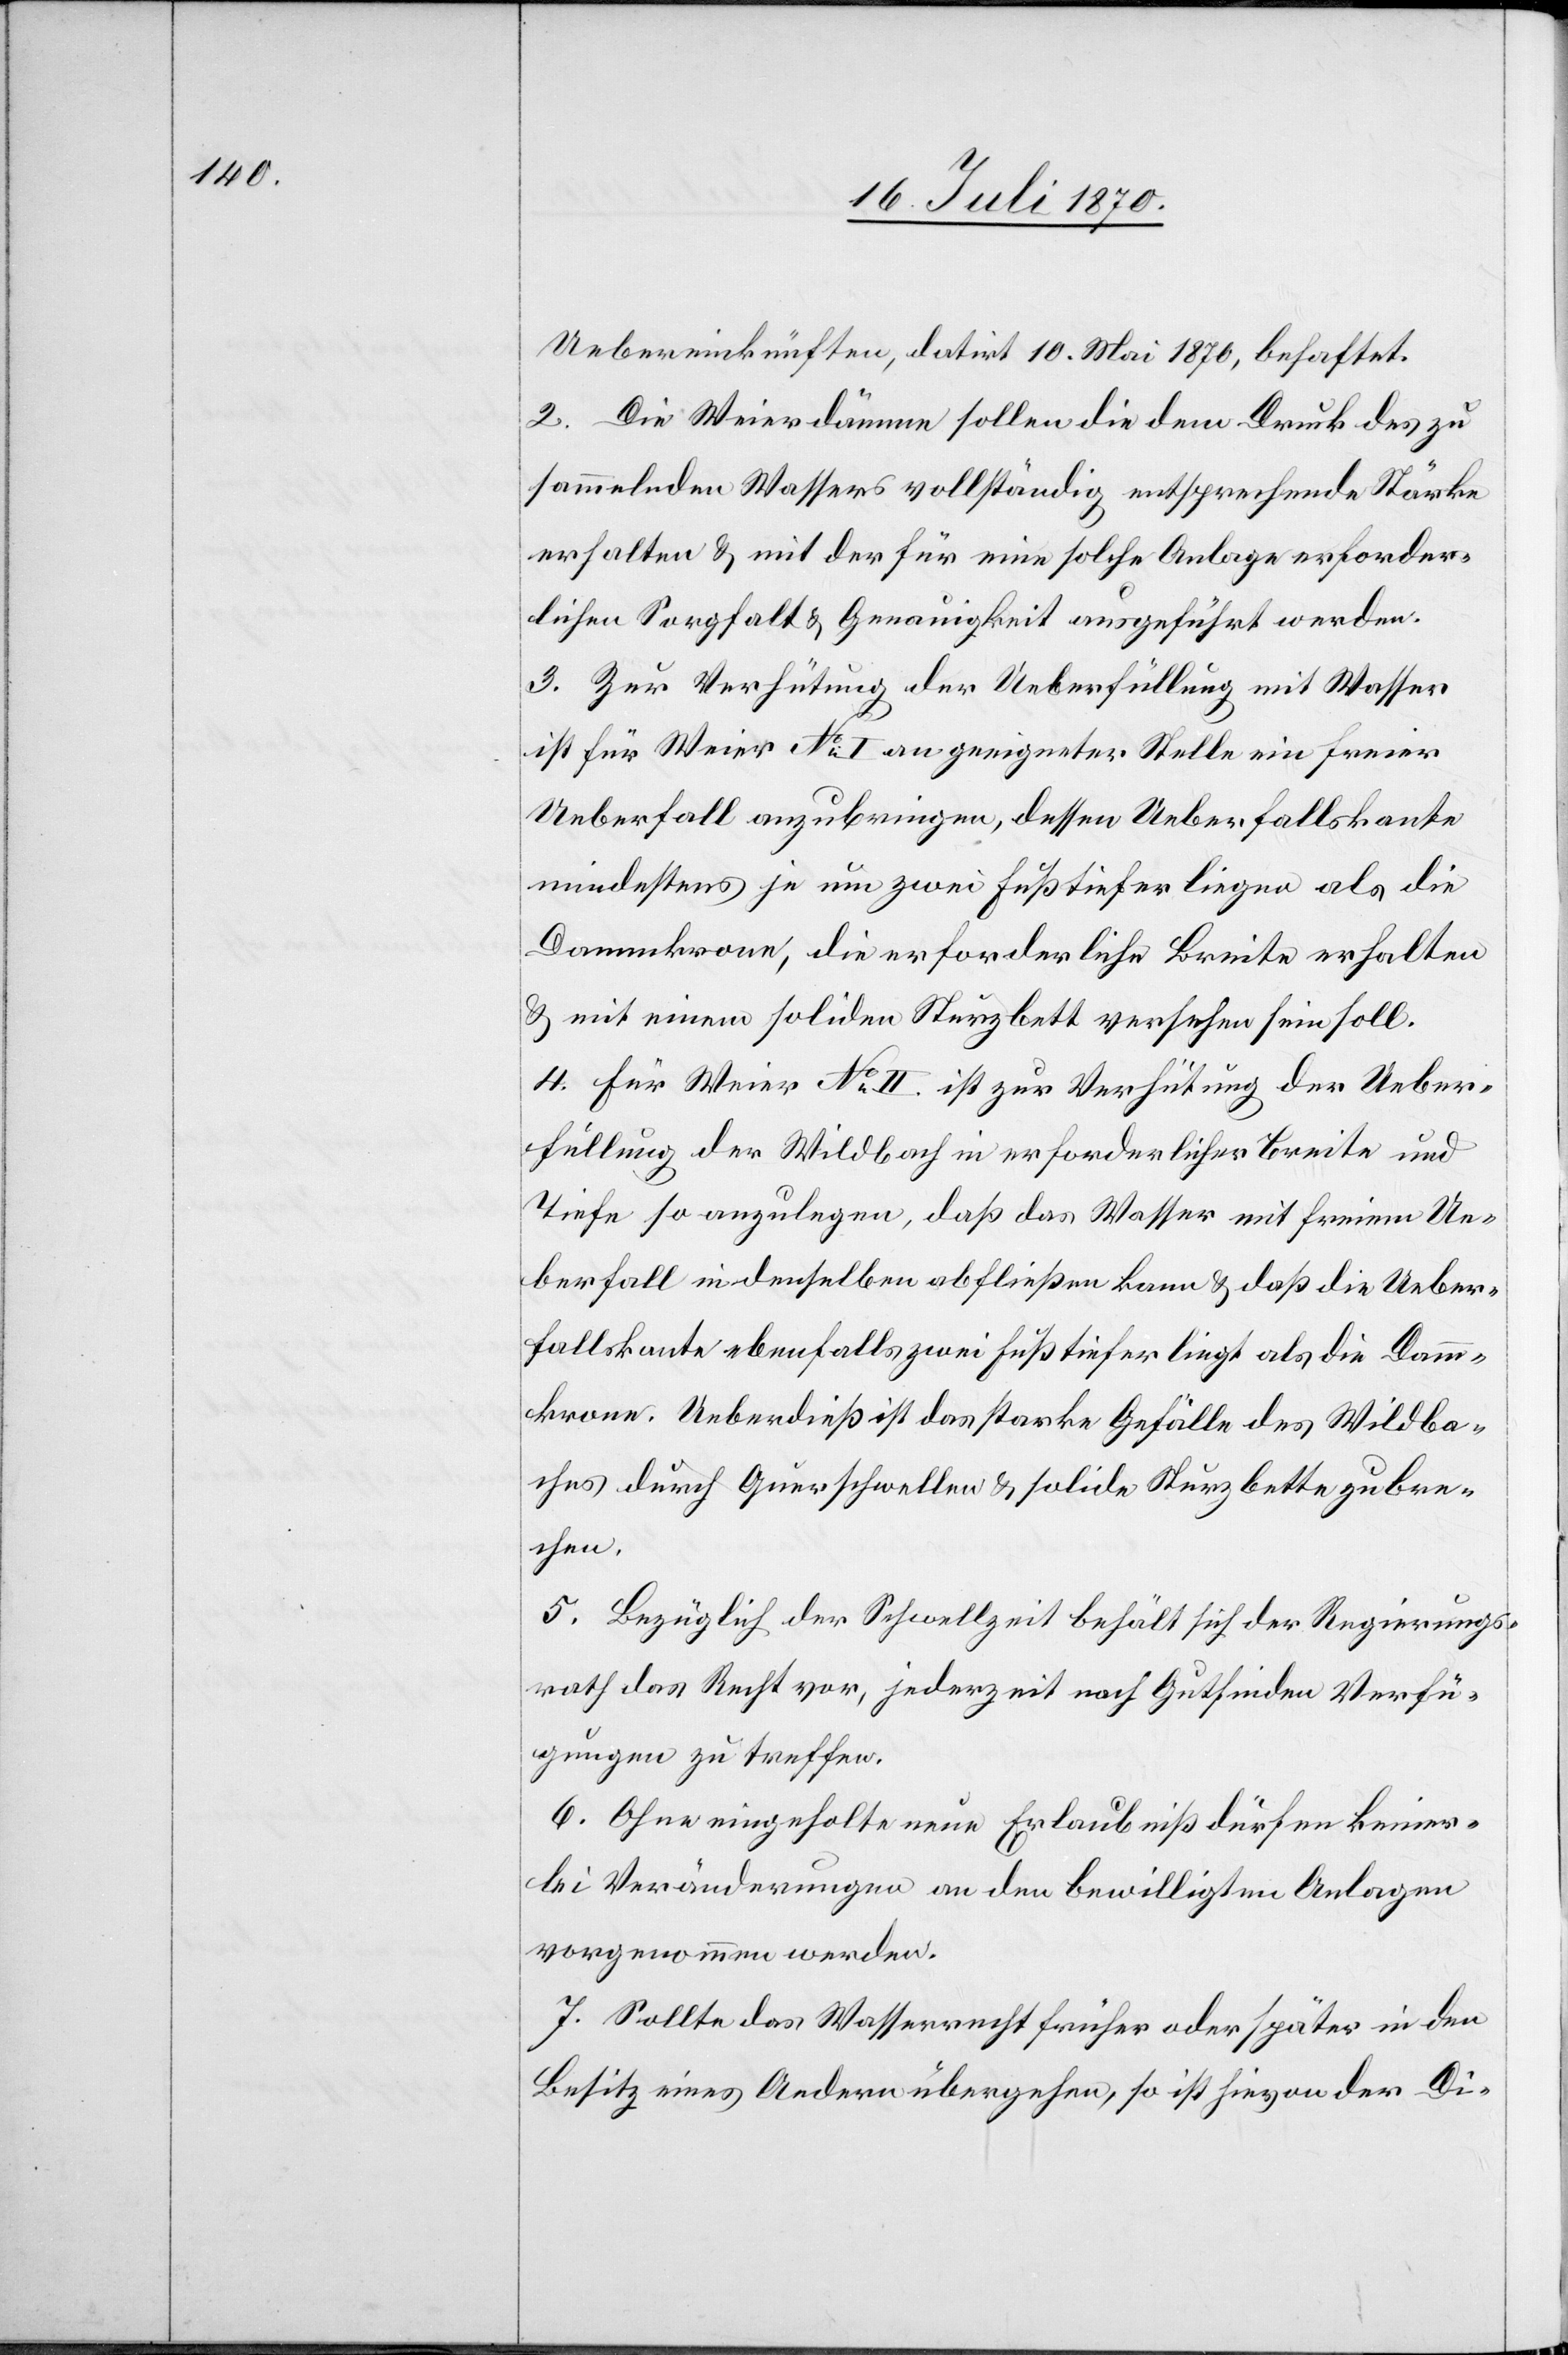
Uebereinkünften, datirt 10. Mai 1870, behaftet.
2. Die Weierdämme sollen die dem Druck des zu
sammelnden Wassers vollständig entsprechende Stärke
erhalten & mit der für eine solche Anlage erforder¬
lichen Sorgfalt & Genauigkeit ausgeführt werden.
3. Zur Verhütung der Ueberfüllung mit Wasser
ist für Weier No I an geeigneter Stelle ein freier
Ueberfall anzubringen, dessen Ueberfallskante
mindestens je um zwei Fuß tiefer liegen als die
Dammkrone, die erforderliche Breite erhalten
& mit einem soliden Sturzbett versehen sein soll.
4. Für Weier No II ist zur Verhütung der Ueber¬
füllung der Wildbach in erforderlicher Breite und
Tiefe so anzulegen, daß das Wasser mit seinem Ue¬
berfall in denselben abfließen kann & daß die Ueber¬
fallskante ebenfalls zwei Fuß tiefer liegt als die Damm¬
krone. Ueberdieß ist das starke Gefälle des Wildba¬
ches durch Querschwellen & solide Sturzbette zu bre¬
chen.
5. Bezüglich der Schwellzeit behält sich der Regierungs¬
rath das Recht vor, jederzeit nach Gutfinden Verfü¬
gungen zu treffen.
6. Ohne eingeholte neue Erlaubniß dürfen keiner¬
lei Veränderungen an den bewilligten Anlagen
vorgenommen werden.
7. Sollte das Wasserrecht früher oder später in den
Besitz eines Andern übergehen, so ist hievon der Di-